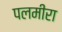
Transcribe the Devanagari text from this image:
पलमीरा